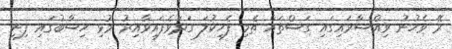
ރޭ ވެހުނު ވިއްސާރައިގައި ގަސްތައް ތެމި ފެހިކުލަ ގަދަވެފައިވާއިރު މުޅި ހިސާބުގައި ފިނި